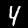
Digit: 4